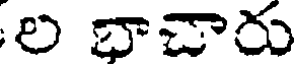
ల భాచారు